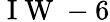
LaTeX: \mathrm{~I~W~}-6